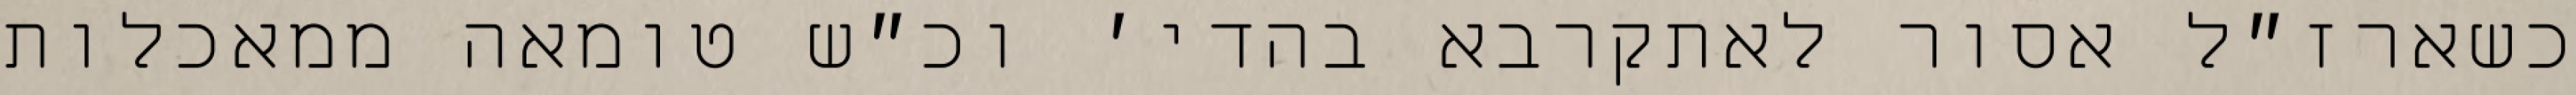
כשארז״ל אסור לאתקרבא בהדי׳ וכ״ש טומאה ממאכלות